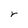
Character: r